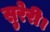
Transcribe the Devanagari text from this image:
सुरेरी।